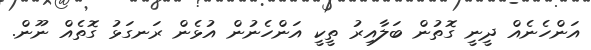
އަންހެނެއް ދީނީ ގޮތުން ބަލާއިރު ތީކީ އަންހެނުން އުޅެން ރަނގަޅު ގޮތެއް ނޫން.